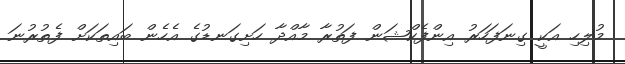
މުލިހި އަކީ ގިނަފަހަރު އިންފެކްޝަން ފަތުރާ މާއްދާ ހަށިގަނޑުގެ އެހެން ބައިތަކަށް ފެތުރުނަ